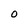
Character: O